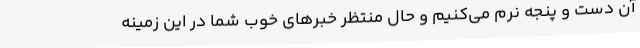
آن دست و پنجه نرم می‌کنیم و حال منتظر خبرهای خوب شما در این زمینه